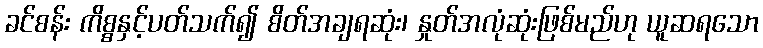
ခင်စန်း ကိစ္စနှင့်ပတ်သက်၍ စိတ်အချရဆုံး၊ နှုတ်အလုံဆုံးဖြစ်မည်ဟု ယူဆရသော